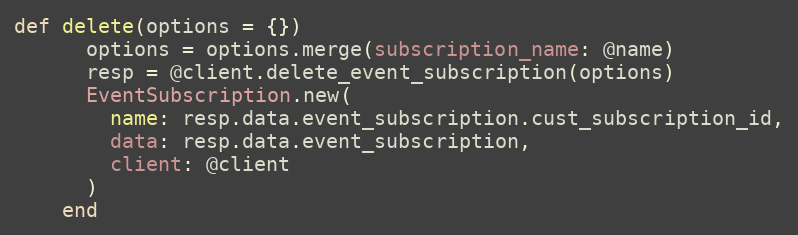
Language: Ruby
def delete(options = {})
      options = options.merge(subscription_name: @name)
      resp = @client.delete_event_subscription(options)
      EventSubscription.new(
        name: resp.data.event_subscription.cust_subscription_id,
        data: resp.data.event_subscription,
        client: @client
      )
    end